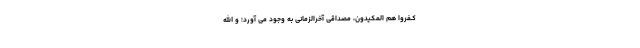
کَـفَروا هُمُ المَکیدون، مصداقی آخرالزّمانی به وجود می آورد؛ وَ اللهُ